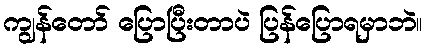
ကျွန်တော် ပြောပြီးတာပဲ ပြန်ပြောရမှာဘဲ။